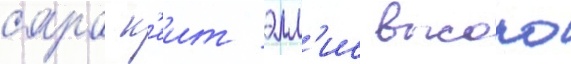
сара к'еит элл'ис высоко